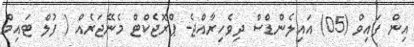
އިން ފައިވް (05) އައިލެންޑްސް ދިވެހިރާއްޖެ- ޕްރޮޖެކްޓް މެނޭޖަރެއް ( ފުލް ޓައިމް